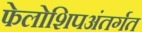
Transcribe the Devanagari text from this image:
फेलोशिपअंतर्गत